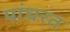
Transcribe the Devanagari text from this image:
पांघरत